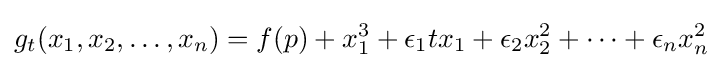
g_{t}(x_{1},x_{2},\dotsc ,x_{n})=f(p)+x_{1}^{3}+\epsilon _{1}tx_{1}+\epsilon _{2}x_{2}^{2}+\dotsb +\epsilon _{n}x_{n}^{2}